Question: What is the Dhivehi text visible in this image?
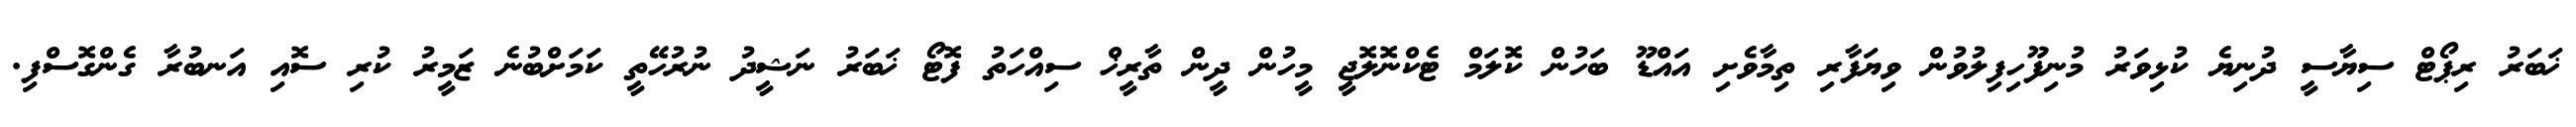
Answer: ޚަބަރު ރިޕޯޓް ސިޔާސީ ދުނިޔެ ކުޅިވަރު މުނިފޫހިފިލުވުން ވިޔަފާރި ތިމާވެށި އައްޑޫ ބަހުން ކޮލަމް ޓެކްނޮލޮޖީ މީހުން ދީން ތާރީޚް ސިއްހަތު ފޮޓޯ ޚަބަރު ނަޝީދު ނުރުހޭތީ ކަމަށްބުނެ ޒަމީރު ކުރި ސޮއި އަނބުރާ ގެންގޮސްފި.